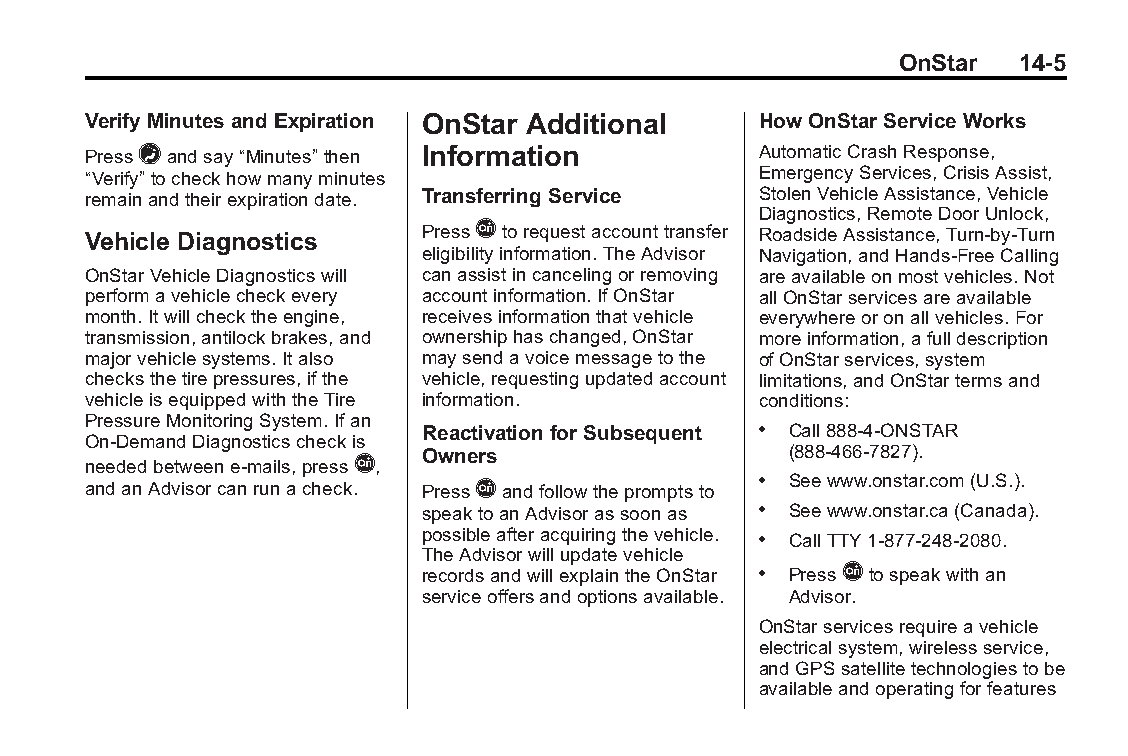
Buick LaCrosse Owner Manual (GMNA-Localizing-U.S./Canada/Mexico- Blackplate(5,1)
 6043609)-2014-2ndEdition-10/17/13
 OnStar  14-5
 Verify Minutes and Expiration OnStar Additional HowOnStar Service Works
 Press=andsay“Minutes”then Information        AutomaticCrashResponse,
 “Verify” tocheckhowmanyminutes               EmergencyServices,CrisisAssist,
 remainandtheirexpirationdate. TransferringService StolenVehicleAssistance,Vehicle
 Diagnostics,RemoteDoorUnlock,
 Vehicle Diagnostics
 PressQtorequestaccounttransfer
 RoadsideAssistance,Turn-by-Turn
 eligibilityinformation.TheAdvisor Navigation,andHands-FreeCalling
 OnStarVehicleDiagnosticswill canassistincancelingorremoving areavailableonmostvehicles.Not
 performavehiclecheckevery accountinformation.IfOnStar allOnStarservicesareavailable
 month.Itwillchecktheengine, receivesinformationthatvehicle everywhereoronallvehicles.For
 transmission,antilockbrakes,and ownershiphaschanged,OnStar moreinformation,afulldescription
 majorvehiclesystems.Italso maysendavoicemessagetothe ofOnStarservices,system
 checksthetirepressures,ifthe vehicle,requestingupdatedaccount limitations,andOnStartermsand
 vehicleisequippedwiththeTire information.    conditions:
 PressureMonitoringSystem.Ifan
 Reactivation for Subsequent . Call888-4-ONSTAR
 On-DemandDiagnosticscheckis
 Owners                  (888-466-7827).
 neededbetweene-mails,pressQ,
 andanAdvisorcanrunacheck. PressQandfollowthepromptsto . Seewww.onstar.com(U.S.).
 speaktoanAdvisorassoonas . Seewww.onstar.ca(Canada).
 possibleafteracquiringthevehicle. . CallTTY1-877-248-2080.
 TheAdvisorwillupdatevehicle
 recordsandwillexplaintheOnStar . PressQtospeakwithan
 serviceoffersandoptionsavailable. Advisor.
 OnStarservicesrequireavehicle
 electricalsystem,wirelessservice,
 andGPSsatellitetechnologiestobe
 availableandoperatingforfeatures